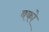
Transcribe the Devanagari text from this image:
बको